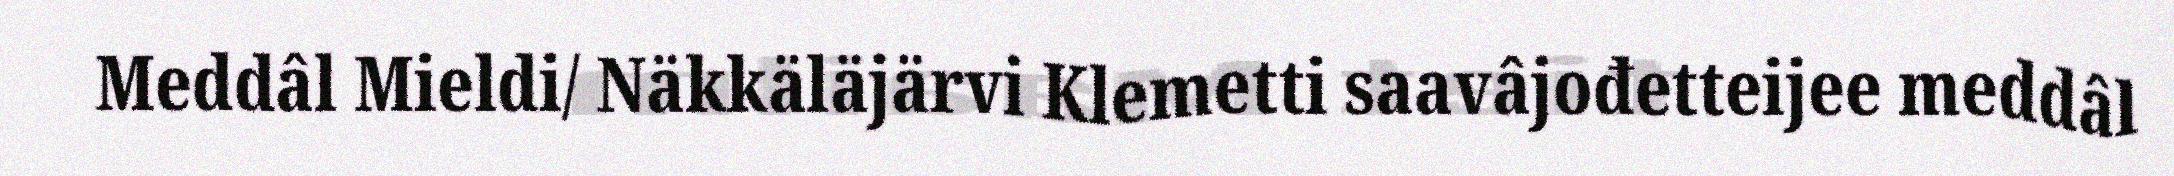
Meddâl Mieldi/ Näkkäläjärvi Klemetti saavâjođetteijee meddâl